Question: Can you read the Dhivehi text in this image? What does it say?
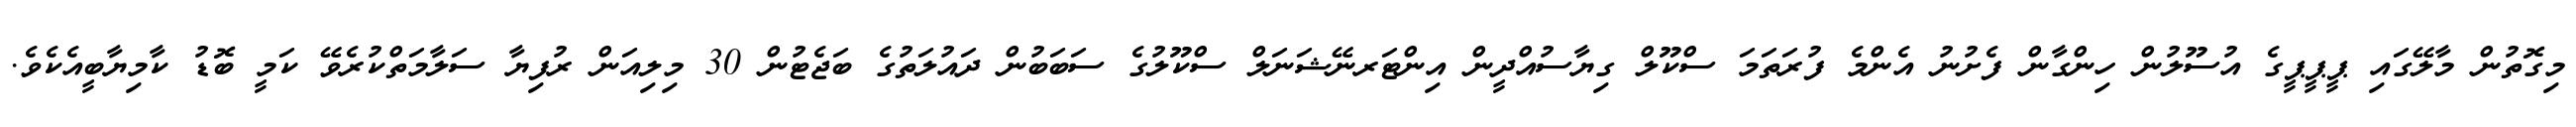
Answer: މިގޮތުން މާލޭގައި ޕީޕީޕީގެ އުސޫލުން ހިންގާން ފެށުނު އެންމެ ފުރަތަމަ ސްކޫލް ގިޔާސުއްދީން އިންޓަރނޭޝަނަލް ސްކޫލުގެ ސަބަބުން ދައުލަތުގެ ބަޖެޓުން 30 މިލިއަން ރުފިޔާ ސަލާމަތްކުރެވޭ ކަމީ ބޮޑު ކާމިޔާބީއެކެވެ.